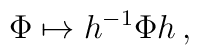
\Phi \mapsto h^{-1}\Phi h\,,